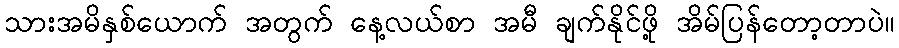
သားအမိနှစ်ယောက် အတွက် နေ့လယ်စာ အမီ ချက်နိုင်ဖို့ အိမ်ပြန်တော့တာပဲ။